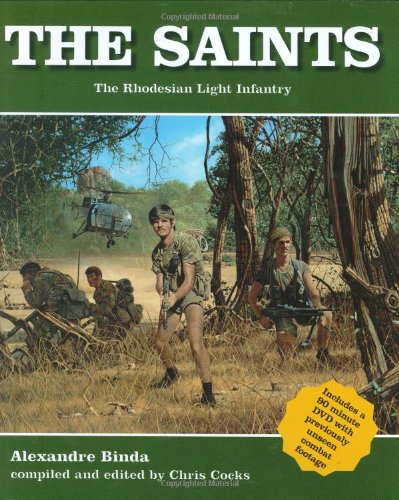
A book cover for The Saints: The Rhodesian Light Infantry; Alexandre Binda; History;